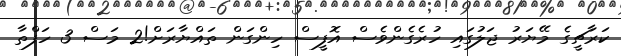
ކަރާޗީގެ މޭޔަރު ޖަލުގައި ހުރެގެންވެސް އޮފީސް ހިންގަން ތައްޔާރަށް!2 މަސް 3 ހަފްތާ